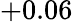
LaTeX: +0.06